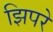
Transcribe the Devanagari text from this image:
झिपरे